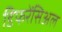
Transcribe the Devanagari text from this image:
डिफरेंसिअल